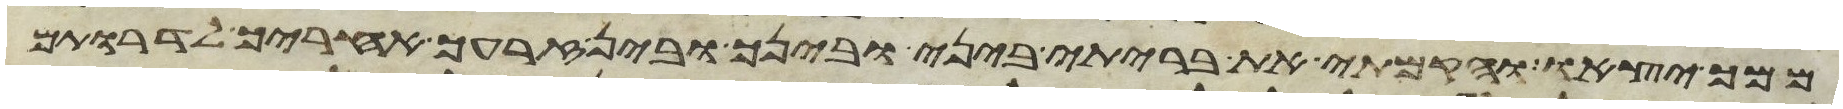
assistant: ממך יצאו והקמתי את בריתי ביני ובינך ובין זרעך אחריך לדרתם